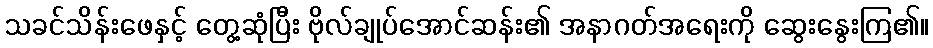
သခင်သိန်းဖေနှင့် တွေ့ဆုံပြီး ဗိုလ်ချုပ်အောင်ဆန်း၏ အနာဂတ်အရေးကို ဆွေးနွေးကြ၏။